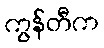
ကွန်တီက